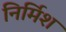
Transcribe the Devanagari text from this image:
निर्मिश